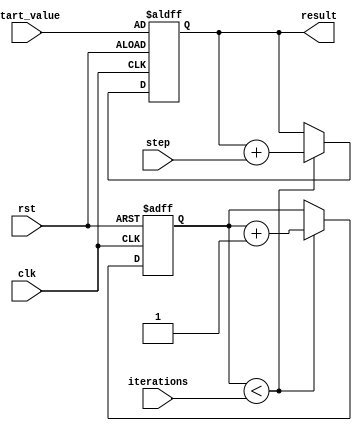
module incremental_for_loop (
    input wire clk,
    input wire rst,
    input wire [7:0] iterations,
    input wire [7:0] step,
    input wire [7:0] start_value,
    output reg [7:0] result
);

reg [7:0] counter;

always @(posedge clk or posedge rst) begin
    if (rst) begin
        counter <= 0;
        result <= start_value;
    end else begin
        if (counter < iterations) begin
            result <= result + step;
            counter <= counter + 1;
        end
    end
end

endmodule